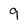
Character: 9